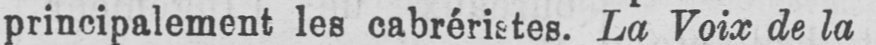
principalement les cabréristes. La Voix de la